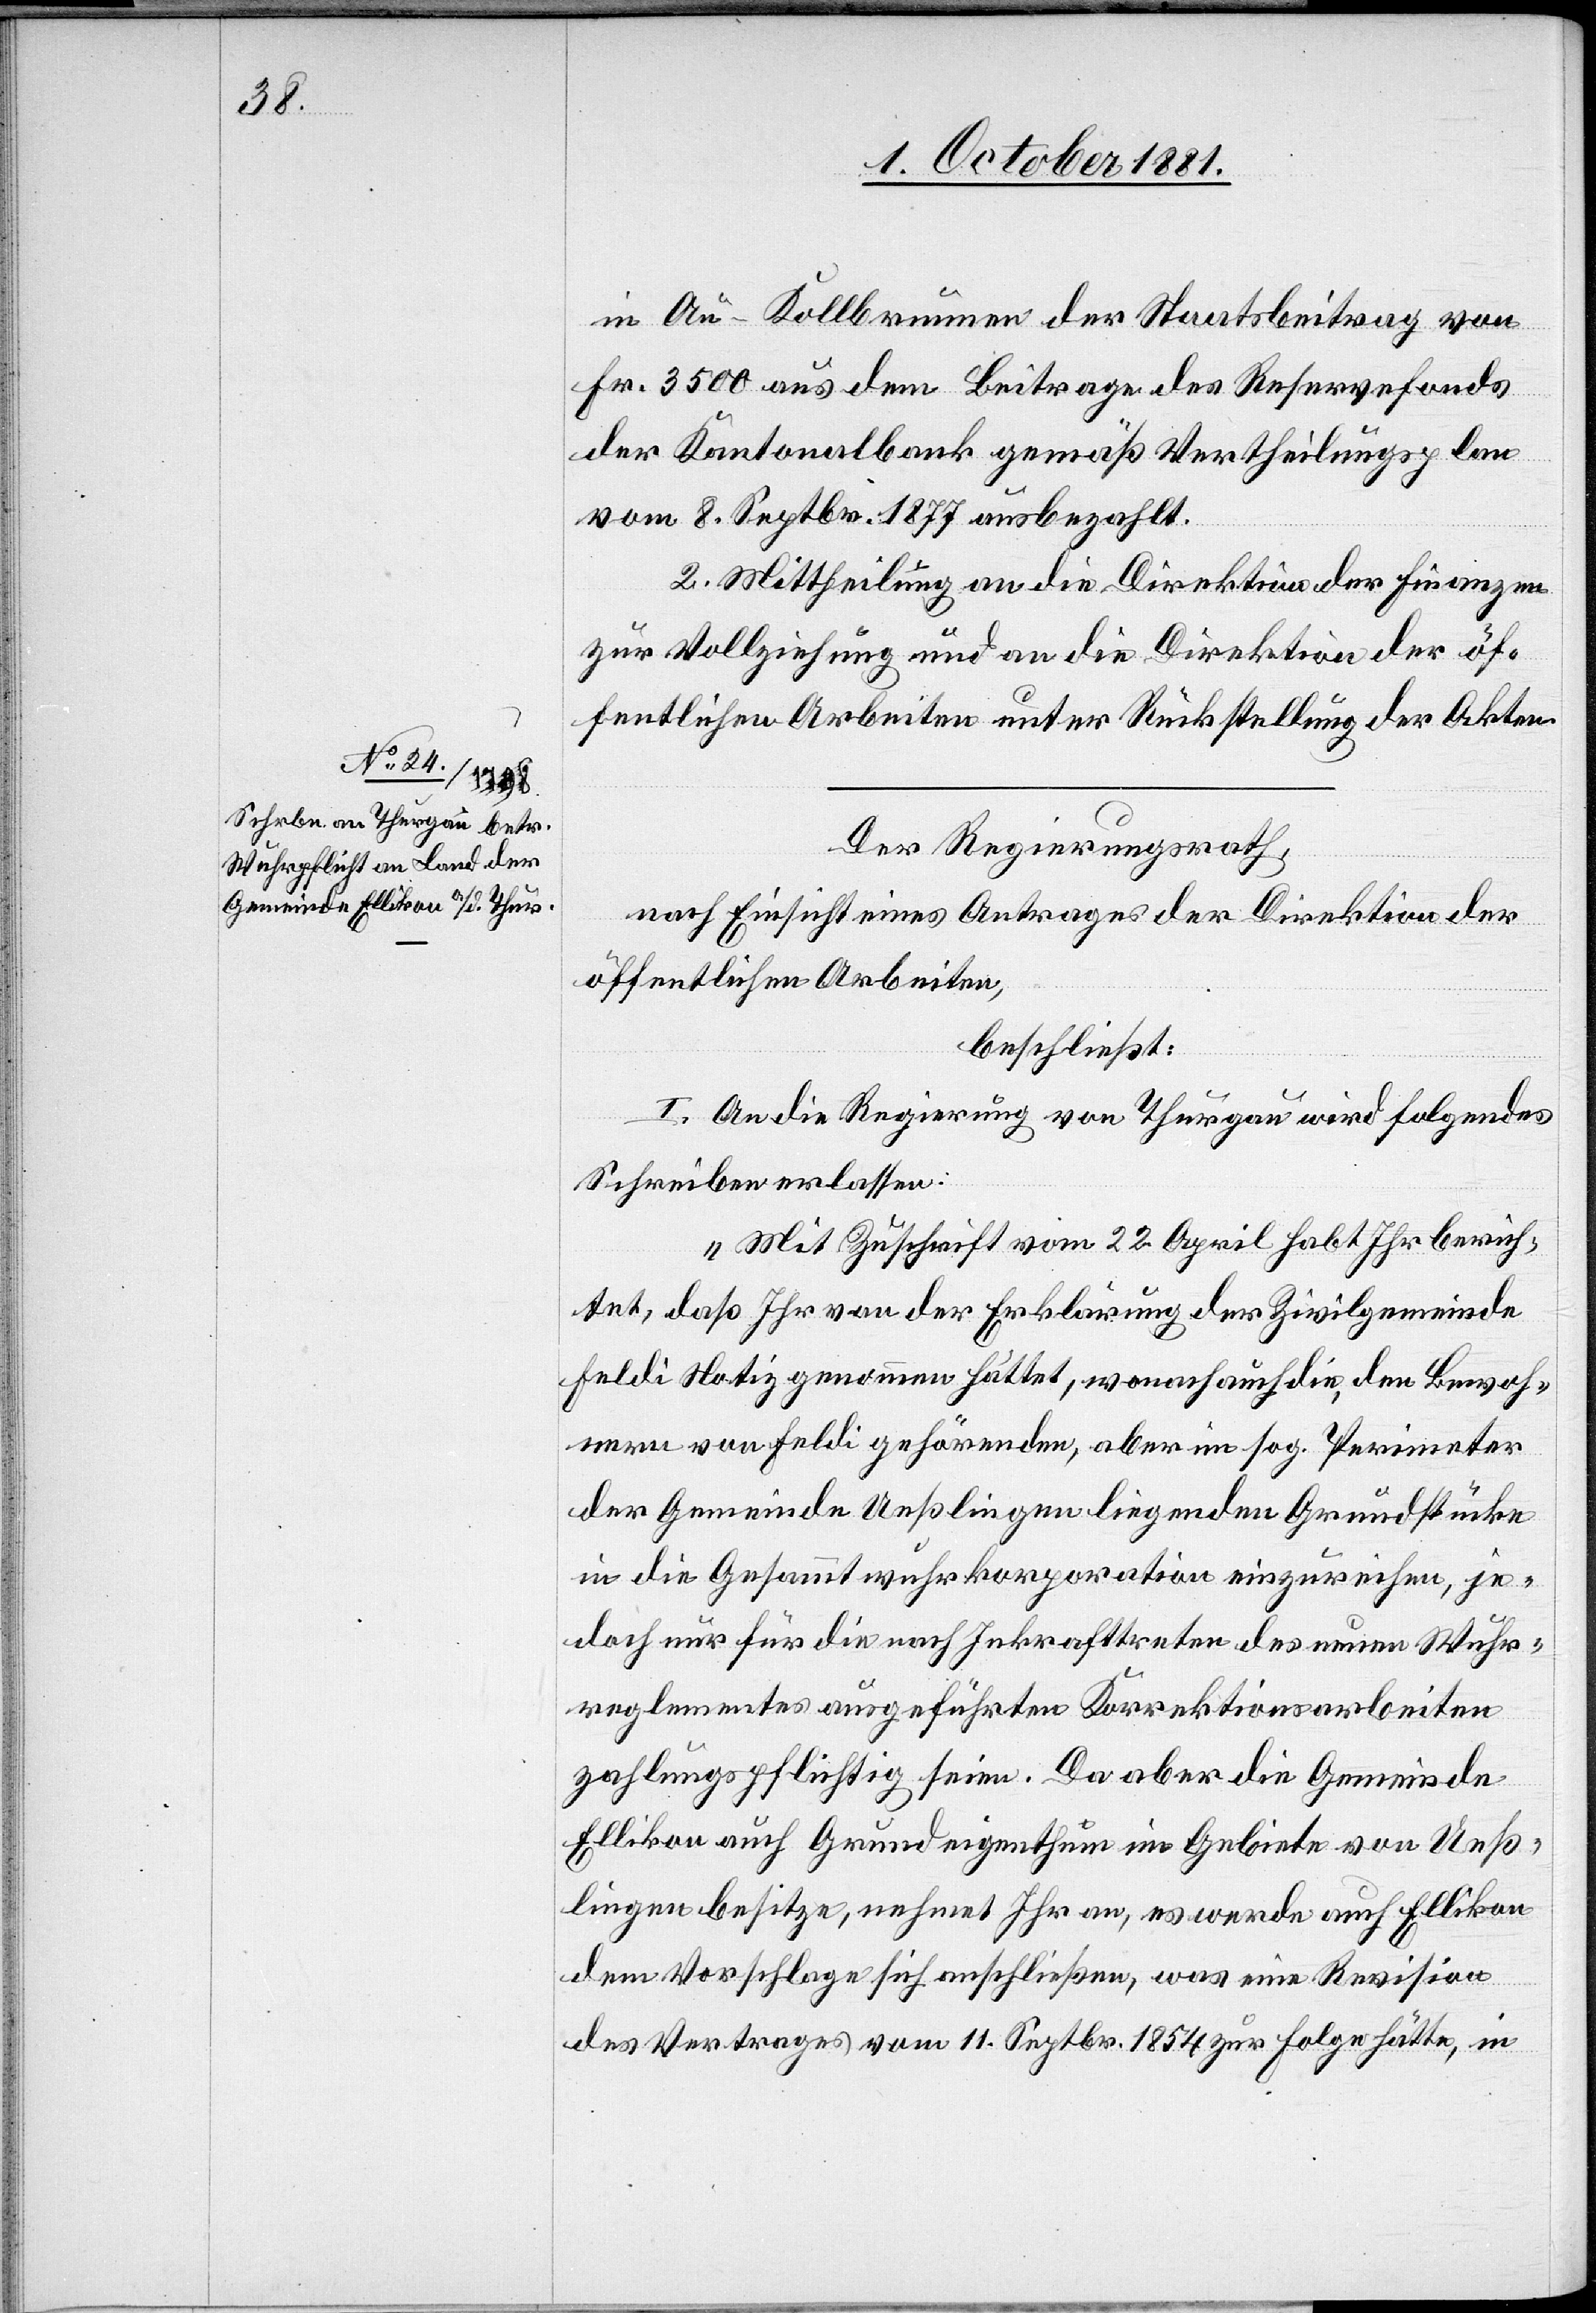
in Au - Kollbrunnen der Staatsbeitrag von
Fr. 3500 aus dem Beitrage des Reservefonds
der Kantonalbank gemäß Vertheilungsplan
vom 8. Septbr. 1877 ausbezahlt.
2. Mittheilung an die Direktion der Finanzen
zur Vollziehung und an die Direktion der öf¬
fentlichen Arbeiten unter Rückstellung der Akten.
Der Regierungsrath,
nach Einsicht eines Antrages der Direktion der
öffentlichen Arbeiten,
beschließt:
I. An die Regierung von Thurgau wird folgendes
Schreiben erlassen:
„Mit Zuschrift vom 22. April habt Ihr berich¬
tet, daß Ihr von der Erklärung der Zivilgemeinde
Feldi Notiz genommen hättet, wonach auch die den Bewoh¬
nern von Feldi gehörenden, aber im sog. Perimeter
der Gemeinde Ueßlingen liegenden Grundstücke
in die Gesammtwuhrkorporation einzureichen, je¬
doch nur für die nach Inkrafttreten des neuen Wuhr¬
reglementes ausgeführten Korrektionsarbeiten
zahlungspflichtig seien. Da aber die Gemeinde
Ellikon auch Grundeigenthum im Gebiete von Ueß¬
lingen besitze, nehmet Ihr an, es werde auch Ellikon
dem Vorschlage sich anschließen, was eine Revision
des Vertrages vom 11. Septbr. 1854 zur Folge hätte, in